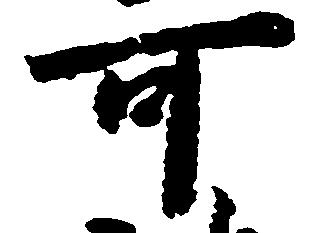
可